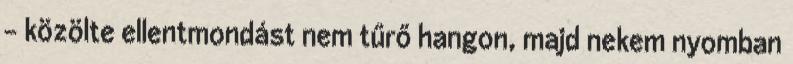
– közölte ellentmondást nem tűrő han­gon, majd nekem nyomban